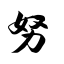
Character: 努